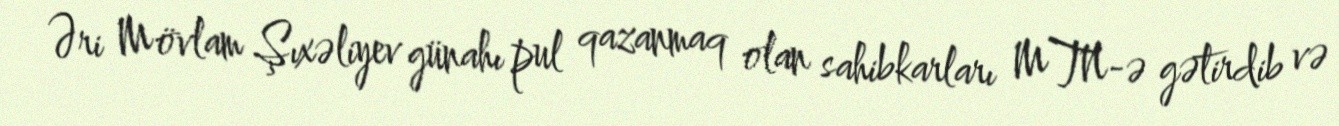
Əri Mövlam Şıxəliyev günahı pul qazanmaq olan sahibkarları MTN-ə gətirdib və